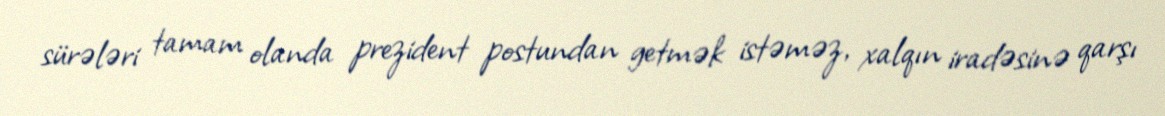
sürələri tamam olanda prezident postundan getmək istəməz, xalqın iradəsinə qarşı